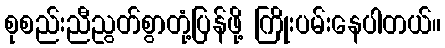
စုစည်းညီညွတ်စွာတုံ့ပြန်ဖို့ ကြိုးပမ်းနေပါတယ်။